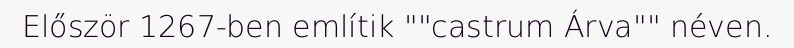
Először 1267-ben említik ""castrum Árva"" néven.